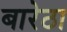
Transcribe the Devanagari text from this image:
बारेठा